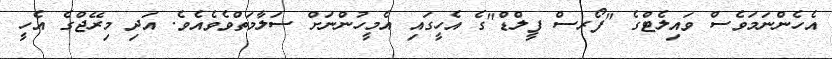
އެހެންނަމަވެސް ވައިލެޓްގެ "ފޯރސް ފީލްޑް"ގެ އެހީގައި އެމީހުންނަށް ސަލާމަތްވެވެއެވެ. އަދި މިރޭޖްގެ އެހީ